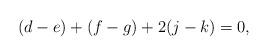
LaTeX: \begin{align*}(d-e)+(f-g)+2(j-k)=0,\end{align*}